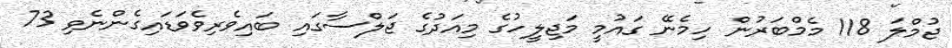
ޖުމްލަ 118 މެމްބަރުން ހިމެނޭ ގައުމީ މަޖިލީހުގެ މިއަދުގެ ޖަލްސާގައި ބައިވެރިވެވަޑައިގެންނެވި 73